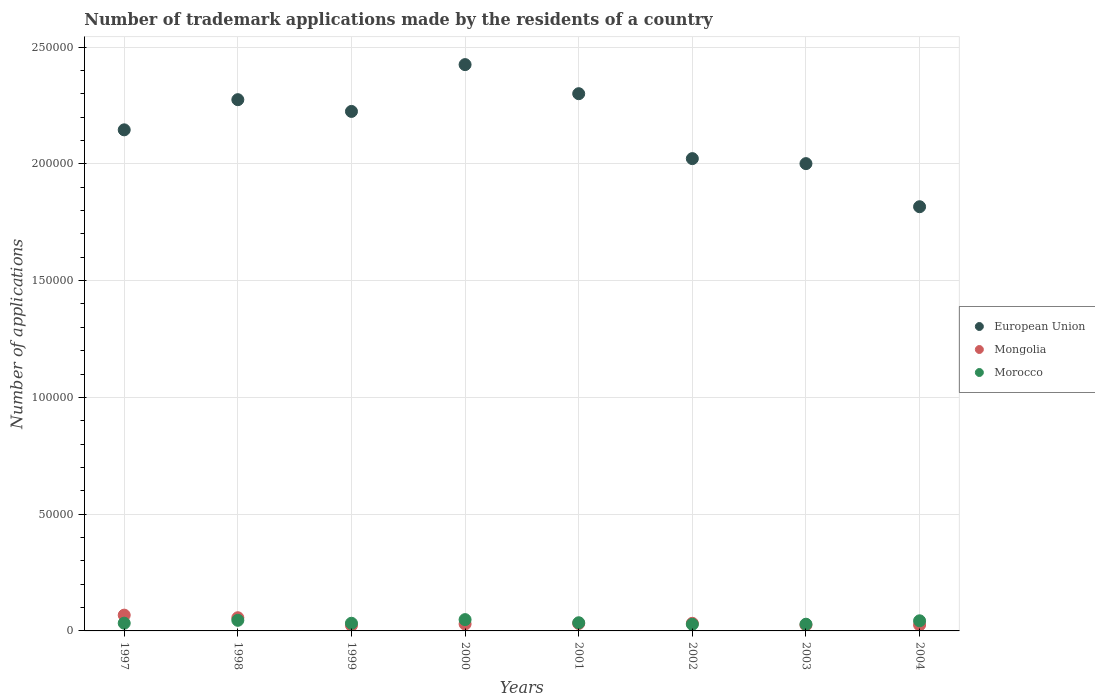
| Years | European Union | Mongolia | Morocco |
 | --- | --- | --- | --- |
 | 1997 | 2.15e+05 | 6.76e+03 | 3.31e+03 |
 | 1998 | 2.27e+05 | 5.65e+03 | 4.54e+03 |
 | 1999 | 2.22e+05 | 2.38e+03 | 3.28e+03 |
 | 2000 | 2.42e+05 | 2.97e+03 | 4.84e+03 |
 | 2001 | 2.3e+05 | 3.19e+03 | 3.5e+03 |
 | 2002 | 2.02e+05 | 3.26e+03 | 2.85e+03 |
 | 2003 | 2e+05 | 2.53e+03 | 2.88e+03 |
 | 2004 | 1.82e+05 | 2.56e+03 | 4.34e+03 |